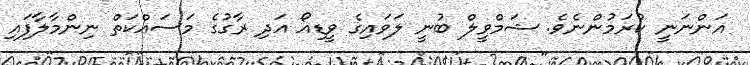
އަންނަނީ ކުރަމުންނެވެ. ޝަމްވީލް ބުނީ ލަވައިގެ ވީޑިއޯ އަދި ރާގުގެ މަސައްކަތް ނިންމާލާފައި